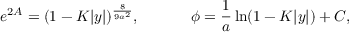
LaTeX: e ^ { 2 A } = ( 1 - K | y | ) ^ { \frac { 8 } { 9 a ^ { 2 } } } , \ \ \ \ \ \ \ \ \ \ \phi = { \frac { 1 } { a } } \ln ( 1 - K | y | ) + C ,